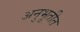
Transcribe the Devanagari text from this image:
अनुभूतीत